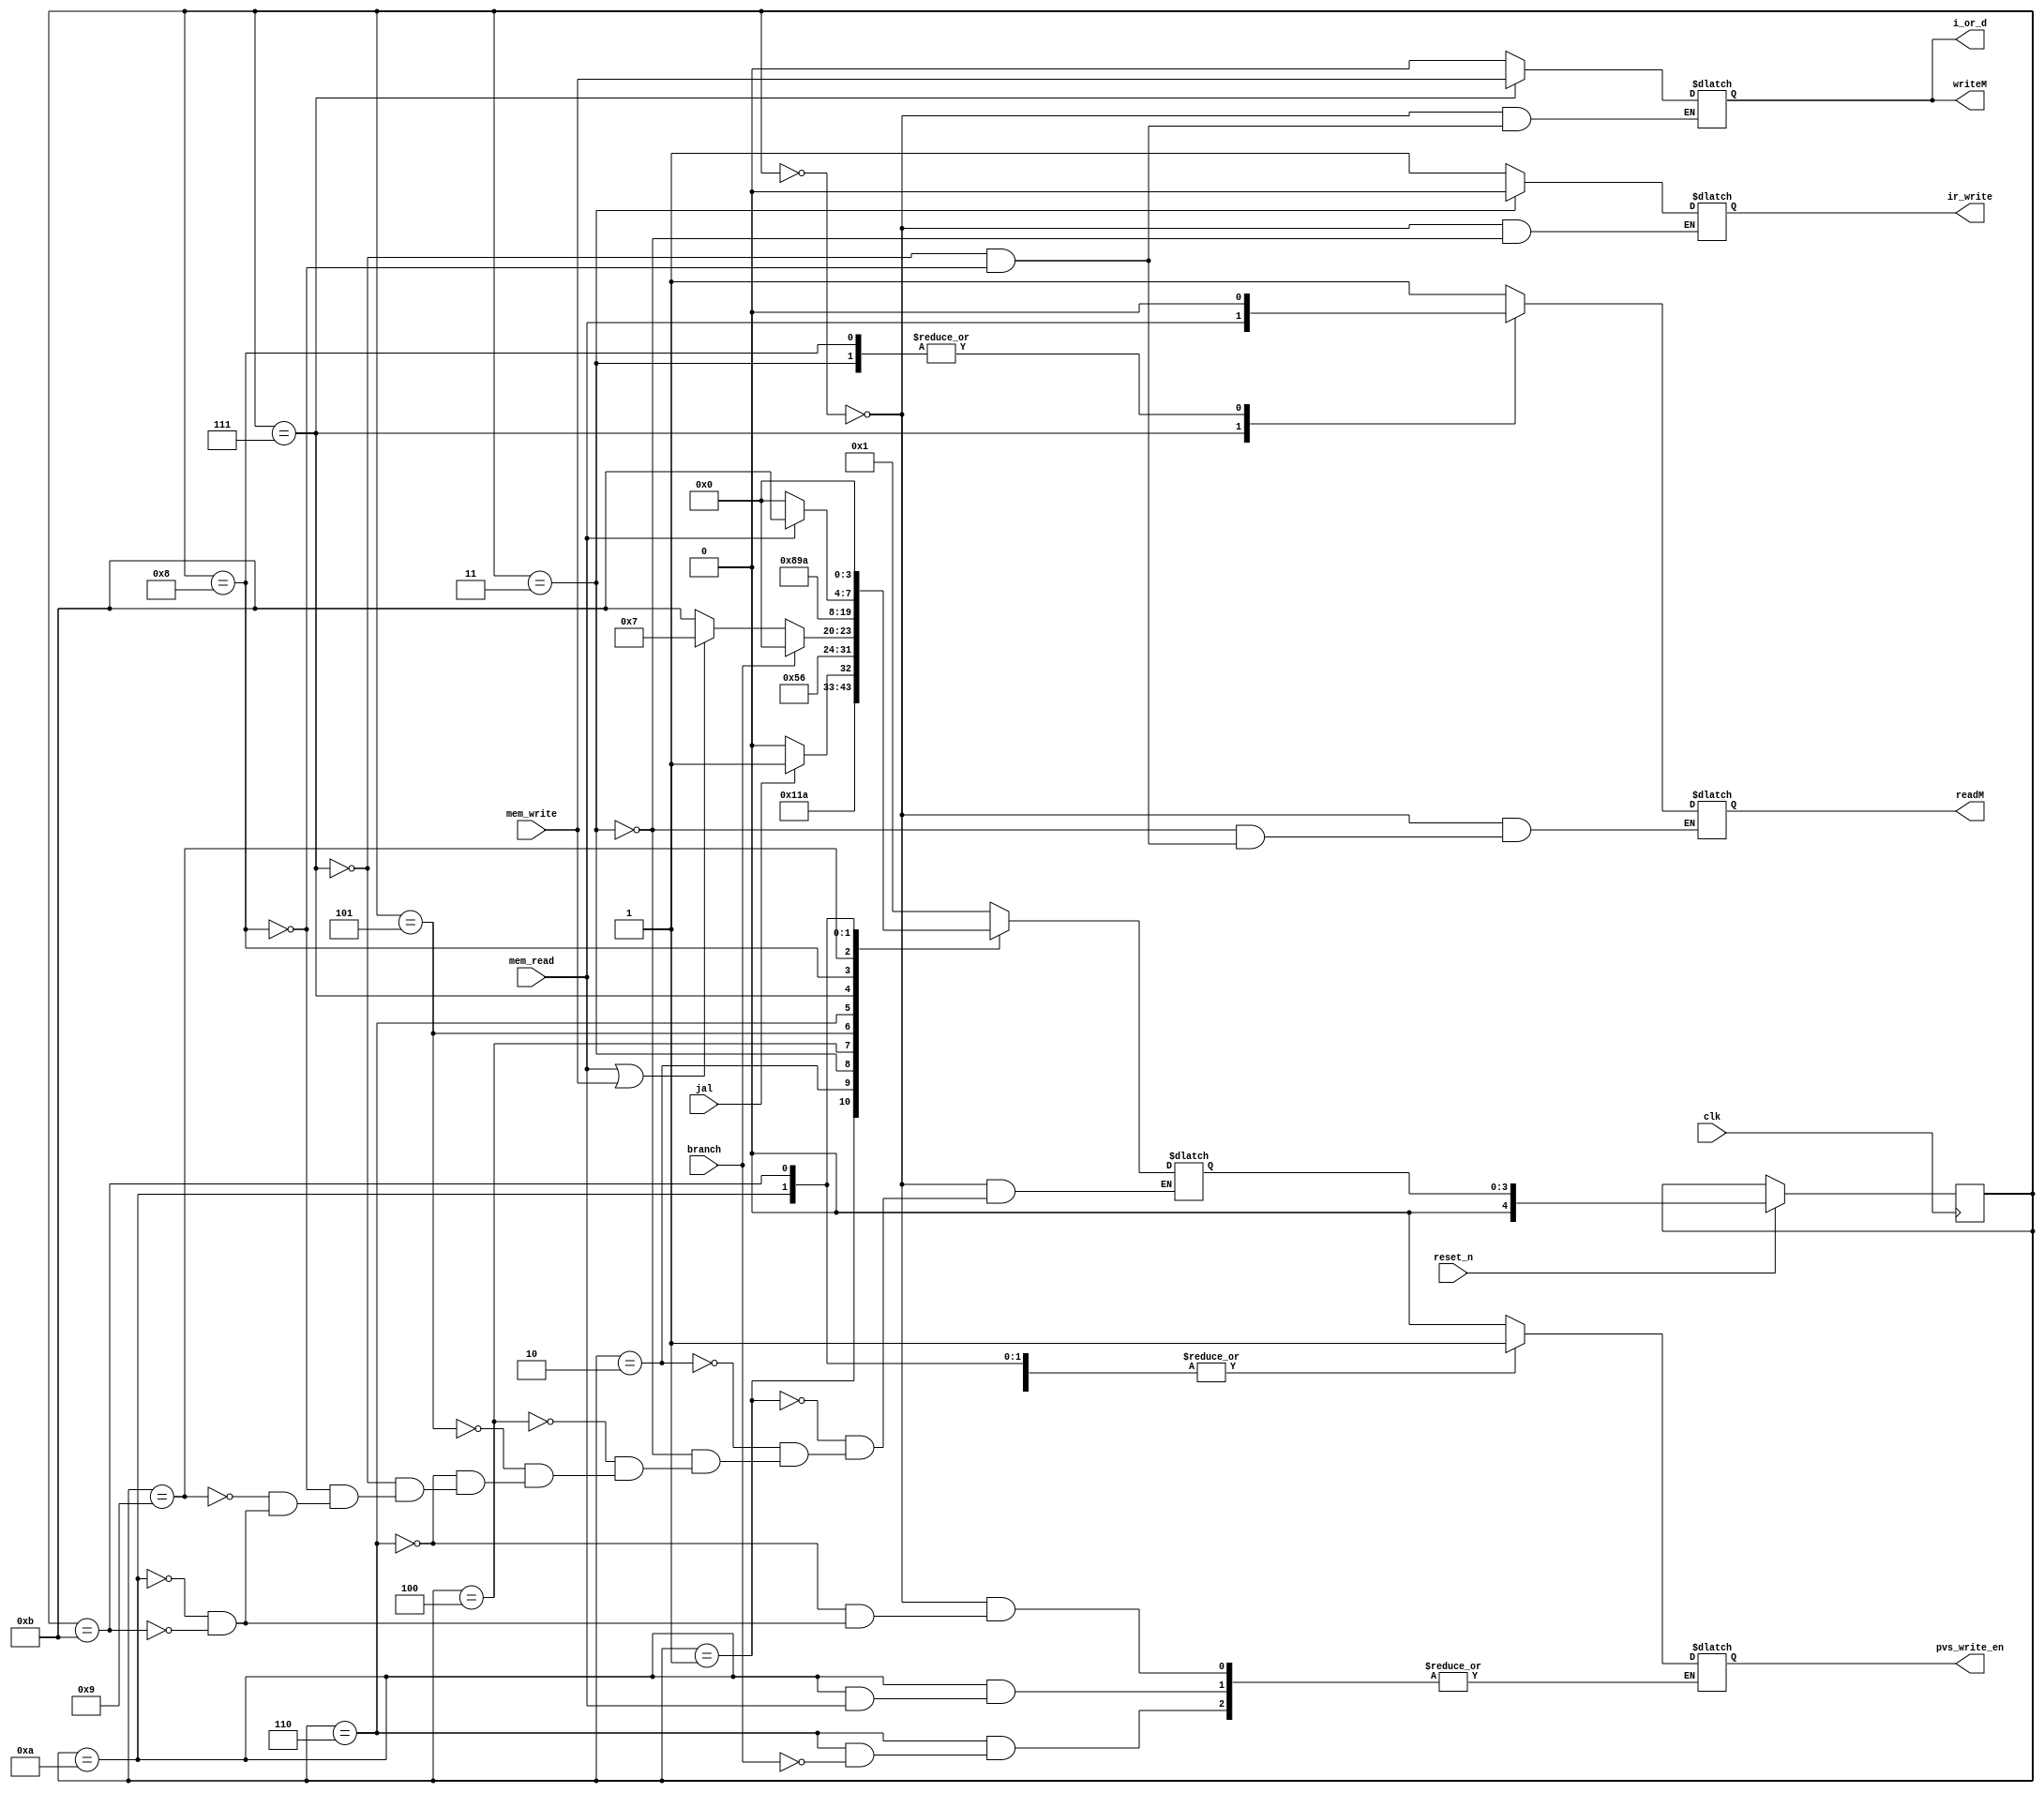
`define IF1  4'b0000
`define IF2  4'b0001
`define IF3  4'b0010
`define IF4  4'b0011
`define ID   4'b0100
`define EX1  4'b0101
`define EX2  4'b0110
`define MEM1 4'b0111
`define MEM2 4'b1000
`define MEM3 4'b1001
`define MEM4 4'b1010
`define WB   4'b1011
`define INIT 4'b1111

module state_control(clk, reset_n, jal, branch, mem_read, mem_write, readM, writeM, pvs_write_en, i_or_d, ir_write);
    input clk, reset_n, jal, branch, mem_read, mem_write;
    output reg writeM;
    output reg readM;
    output reg pvs_write_en;
    output reg i_or_d;
    output reg ir_write;

    reg [4:0] state;
    reg [4:0] next_state;

    initial begin
        state_init();
    end

    //Operation of each state
    always @(*) begin
        case(state)
            `IF1: begin
                pvs_write_en = 0;
                readM = 1;
                writeM = 0;
                i_or_d = 0;
                ir_write = 1;
                next_state = `IF2;   
            end 
            `IF2: begin
                next_state = `IF3; 
            end
            `IF3: begin
                next_state = `IF4;
            end
            `IF4: begin
                ir_write = 0;
                readM = 0;
                if(jal)begin
                    next_state = `EX1;
                end
                else begin
                    next_state = `ID;
                end
            end
            `ID: begin
                next_state = `EX1;
            end
            `EX1: begin
     
                next_state = `EX2;
            end
            `EX2: begin
                if(branch) begin
                    next_state = `IF1;
                    pvs_write_en = 1;
                end
                else if(mem_read | mem_write) begin 
                    next_state = `MEM1;
                end
                else begin
                    next_state = `WB;
                end
            end
            `MEM1: begin
                i_or_d = mem_write;
                readM = mem_read;
                writeM = mem_write;
                next_state = `MEM2;
            end
            `MEM2: begin
                readM = 0;
                writeM = 0;
                i_or_d = 0;
                next_state = `MEM3;
            end
            `MEM3: begin
                next_state = `MEM4;
            end
            `MEM4: begin
                if(mem_read) begin
                    next_state = `WB;    
                end
                else begin
                    next_state = `IF1;
                    pvs_write_en = 1;
                end
            end
            `WB: begin
                next_state = `IF1;
                pvs_write_en = 1;
            end
        endcase
    end

    always @(posedge clk) begin
        if(!reset_n) begin

        end
        else begin
            state <= next_state;
        end
    end

    task state_init;
        begin
            readM <= 0;
            writeM <= 0;
            pvs_write_en <= 1;
            i_or_d <= 0;
            ir_write <= 0;
            state <= `INIT;
            next_state <= `IF1;
        end
    endtask
endmodule